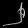
Digit: ၂